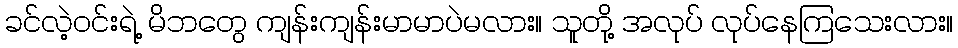
ခင်လဲ့ဝင်းရဲ့ မိဘတွေ ကျန်းကျန်းမာမာပဲမလား။ သူတို့ အလုပ် လုပ်နေကြသေးလား။